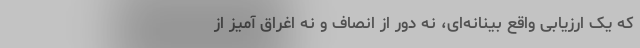
که یک ارزیابی واقع بینانه‌ای، نه دور از انصاف و نه اغراق آمیز از